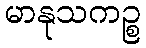
မာနုသကဉ္စ